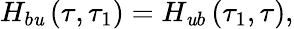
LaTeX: H_{b\mathit{u}}\left(\tau,\tau_{1}\right)=H_{\mathit{u}b}\left(\tau_{1},\tau\right),